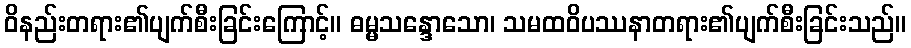
ဝိနည်းတရား၏ပျက်စီးခြင်းကြောင့်။ ဓမ္မသန္ဒောသော၊ သမထဝိပဿနာတရား၏ပျက်စီးခြင်းသည်။